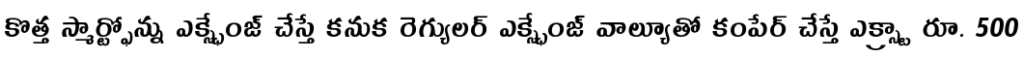
కొత్త స్మార్ట్ఫోన్ను ఎక్స్ఛేంజ్ చేస్తే కనుక రెగ్యులర్ ఎక్స్ఛేంజ్ వాల్యూతో కంపేర్ చేస్తే ఎక్స్ట్రా రూ. 500